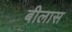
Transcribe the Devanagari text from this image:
बीलास